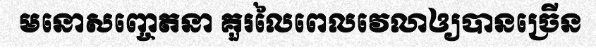
មនោសញ្ចេតនា គួរលៃពេលវេលាឲ្យបានច្រើន